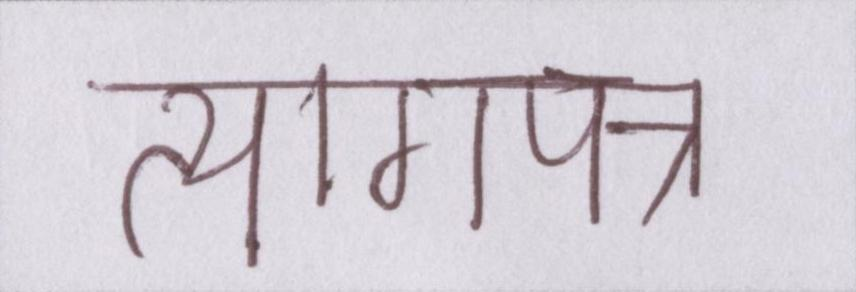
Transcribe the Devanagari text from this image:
त्यागपत्र